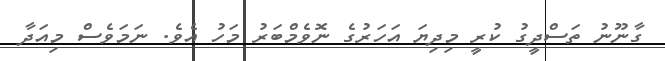
ގާނޫނު ތަސްދީގު ކުރީ މިދިޔަ އަހަރުގެ ނޮވެމްބަރު މަހު އެވެ. ނަމަވެސް މިއަދާ